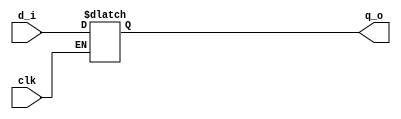
// This program was cloned from: https://github.com/mbaykenar/digital-logic-design
// License: Apache License 2.0

`timescale 1ns / 1ps
//////////////////////////////////////////////////////////////////////////////////
// Company: 
// Engineer: 
// 
// Design Name: 
// Module Name: d_latch
// Project Name: 
// Target Devices: 
// Tool Versions: 
// Description: 
// 
// Dependencies: 
// 
// Revision:
// Revision 0.01 - File Created
// Additional Comments:
// 
//////////////////////////////////////////////////////////////////////////////////


module d_latch
(
input d_i,
input clk,
output q_o
);

reg q;

always@(clk,d_i) begin
    if (clk == 1'b1) begin
        q <= d_i;
    end
end

assign q_o = q;

endmodule